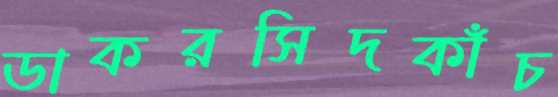
ডাকরসিদকাঁচ